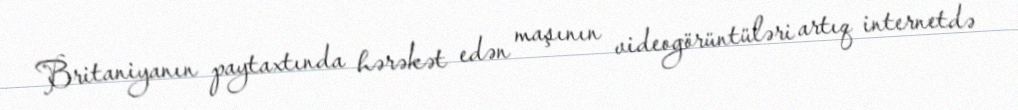
Britaniyanın paytaxtında hərəkət edən maşının videogörüntüləri artıq internetdə